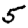
Digit: 5